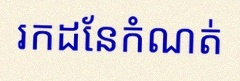
រកដែនកំណត់